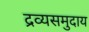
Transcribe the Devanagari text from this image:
द्रव्यसमुदाय